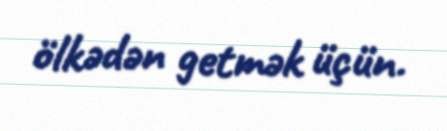
ölkədən getmək üçün.